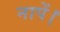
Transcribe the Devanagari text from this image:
नापें।